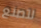
لتصنع